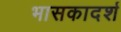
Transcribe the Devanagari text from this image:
भासकादर्श